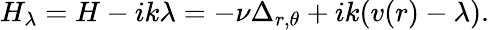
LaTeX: H_{\lambda}=H-ik\lambda=-\nu\Delta_{r,\theta}+ik(v(r)-\lambda).